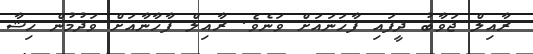
ރާއިލް ޖަވާބު ދީފައި ފާހަނައަށް ވަނެވެ. ރާއިލް ފާހާނާއަށް ވަދުމުން ހިޝާ